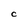
Character: C